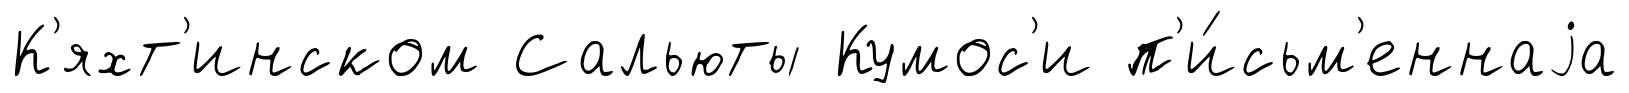
К'яхт'инском Сальюты Кумос'и п'и́сьм'еннаjа